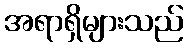
အရာရှိများသည်